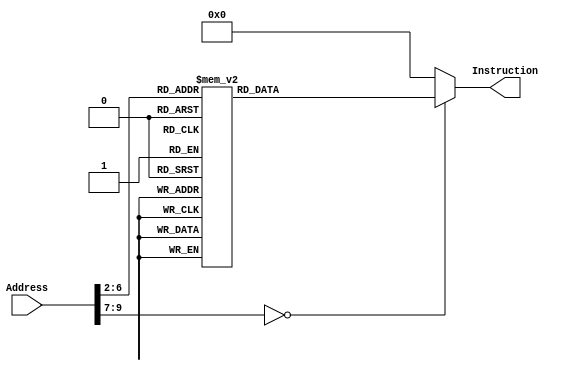

module InstructionMemory(Address, Instruction);
	input [31:0] Address;
	output reg [31:0] Instruction;
	
	always @(*)
		case (Address[9:2])
			// addi $a0, $zero, 3
			8'd0:    Instruction <= 32'h20040003;
			// jal sum
			8'd1:    Instruction <= 32'h0c100003;
			// Loop:
			// beq $zero, $zero, Loop
			8'd2:    Instruction <= 32'h1000ffff;
			// sum:
			// addi $sp, $sp, -8
			8'd3:    Instruction <= 32'h23bdfff8;
			// sw $ra, 4($sp)
			8'd4:    Instruction <= 32'hafbf0004;
			// sw $a0, 0($sp)
			8'd5:    Instruction <= 32'hafa40000;
			// slti $t0, $a0, 1
			8'd6:    Instruction <= 32'h28880001;
			// beq $t0, $zero, L1
			8'd7:    Instruction <= 32'h11000003;
			// xor $v0, $zero, $zero
			8'd8:    Instruction <= 32'h00001026;
			// addi $sp, $sp, 8
			8'd9:    Instruction <= 32'h23bd0008;
			// jr $ra
			8'd10:   Instruction <= 32'h03e00008;
			// L1:
			// addi $a0, $a0, -1
			8'd11:   Instruction <= 32'h2084ffff;
			// jal sum
			8'd12:   Instruction <= 32'h0c100003;
			// lw $a0, 0($sp)
			8'd13:   Instruction <= 32'h8fa40000;
			// lw $ra, 4($sp)
			8'd14:   Instruction <= 32'h8fbf0004;
			// addi $sp, $sp, 8
			8'd15:   Instruction <= 32'h23bd0008;
			// add $v0, $a0, $v0
			8'd16:   Instruction <= 32'h00821020;
			// jr $ra
			8'd17:   Instruction <= 32'h03e00008;
			
			default: Instruction <= 32'h00000000;
		endcase
		
endmodule